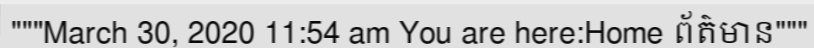
"""March 30, 2020 11:54 am You are here:Home ព័ត៌មាន"""